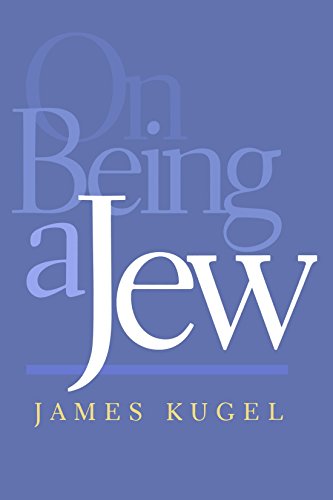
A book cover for On Being a Jew; James Kugel; Religion & Spirituality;